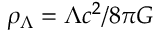
\rho _ { \Lambda } = \Lambda c ^ { 2 } / 8 \pi G